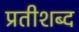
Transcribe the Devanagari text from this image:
प्रतीशब्द